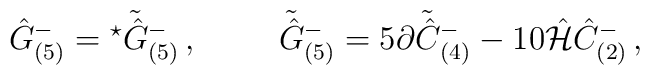
\hat{G}^{-}_{(5)}= {}^{\star}\tilde{\hat{G}}{}^{-}_{(5)}\, ,\hspace{1cm}\tilde{\hat{G}}{}^{-}_{(5)} =5\partial\tilde{\hat{C}}{}^{-}_{(4)}-10\hat{\cal H}\hat{C}^{-}_{(2)}\, ,